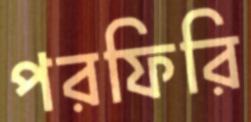
পরফিরি